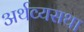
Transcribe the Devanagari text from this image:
अर्थव्यसथा